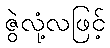
ဇွဲလုံ့လဖြင့်